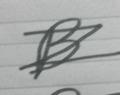
Signature authenticity: forged